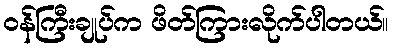
ဝန်ကြီးချုပ်က ဖိတ်ကြားလိုက်ပါတယ်။